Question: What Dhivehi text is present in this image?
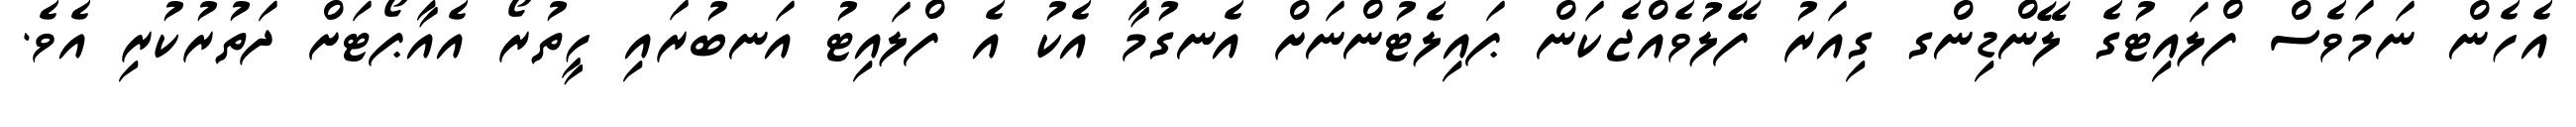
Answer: އެހެން ނަމަވެސް ފްލައިޓުގެ ލޭންޑިންގ ގިއަރު ފޭލުވެއްޖެކަން ޕައިލެޓުންނަށް އެނގުމާ އެކު އެ ފްލައިޓު އަނބުރައި ހީތުރޯ އެއާޕޯޓަށް ދަތުރުކުރި އެވެ.